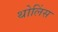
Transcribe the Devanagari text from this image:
थोलिंस